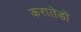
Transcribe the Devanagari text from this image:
करातेडो